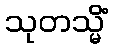
သုတသ္မိံ